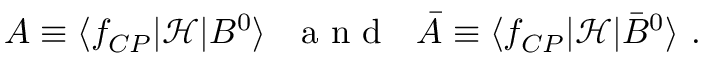
A \equiv \langle f _ { C P } | \mathcal { H } | B ^ { 0 } \rangle \ \ \textrm { a n d } \ \ \bar { A } \equiv \langle f _ { C P } | \mathcal { H } | \bar { B } ^ { 0 } \rangle \ .